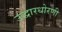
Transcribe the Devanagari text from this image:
उद्धारधोरणी